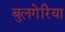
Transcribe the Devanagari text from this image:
बुलगेरिया